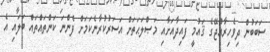
ސަބަބުން ދިވެހިރާއްޖޭގެ ޤައުމީ ފައިދާއަށާއި މަޞްލަޙަތަށް އަސަރުކުރާނެކަމަށް ފެންނަ ކަންތައްތައް ބަލައި އެ